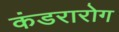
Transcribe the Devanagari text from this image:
कंडरारोग